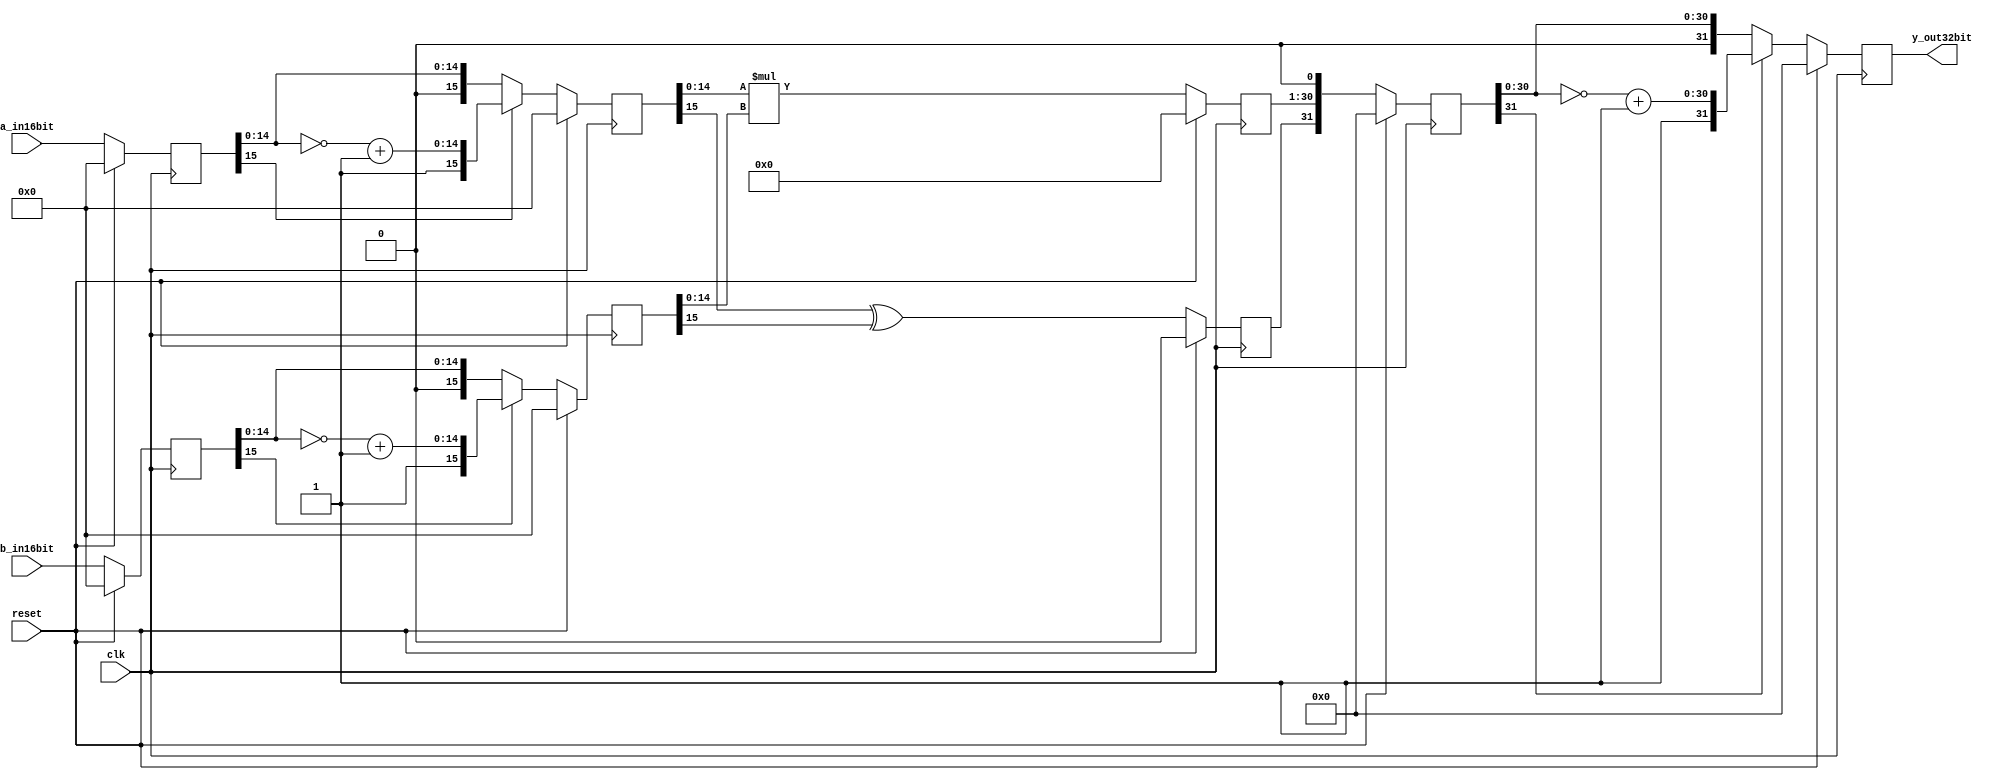
`timescale 1ns / 1ps
//////////////////////////////////////////////////////////////////////////////////
// Company: 
// Engineer: 
// 
// Design Name: 
// Module Name:    multiplier16bits 
// Project Name: 
// Target Devices: 
// Tool versions: 
// Description: 
//
// Dependencies: 
//
// Revision: 
// Revision 0.01 - File Created
// Additional Comments: 
//
//////////////////////////////////////////////////////////////////////////////////
module multiplier16buts ( 
					input				clk,
					input				reset,
					input	[15:0]	a_in16bit,	//16
					input	[15:0]	b_in16bit,	
					output [31:0]	y_out32bit	//32
								);           		//1632


	
  reg	[31:0]	y_out32bit_reg;         		//
  reg	[15:0]   x1,x2,x3,x4;   			//x1,x2;x3,x4
  reg         	x5;            			//
  reg	[29:0]   x6;            			//3015
  reg	[31:0]   x7;            			//
 
 always@ (posedge clk )
	 begin
		if( reset )              //
			begin
			x1<=16'b0;
			x2<=16'b0;
			x3<=16'b0;
			x4<=16'b0;
			x5<=1'b0;
			x6<=30'b0;
			x7<=32'b0;
			y_out32bit_reg<=32'b0;
			end
		else
			 begin
			 x1<=a_in16bit;             //
			 x2<=b_in16bit;
			 x3<=(x1[15]==0)?x1:{x1[15],~x1[14:0]+1'b1};     //11
			 x4<=(x2[15]==0)?x2:{x2[15],~x2[14:0]+1'b1};     //
			 x5<=x3[15]^x4[15];                              //
			 x6<=x3[14:0]*x4[14:0];                          //15
			 x7<={x5,x6,1'b0};                               //1301032
			 y_out32bit_reg<=(x7[31]==0)?x7:{x7[31],~x7[30:0]+1'b1};  //
			 end
	 end
	 assign y_out32bit=y_out32bit_reg;
endmodule